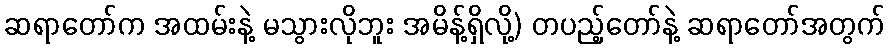
ဆရာတော်က အထမ်းနဲ့ မသွားလိုဘူး အမိန့်ရှိလို့) တပည့်တော်နဲ့ ဆရာတော်အတွက်